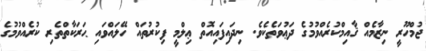
ޖުމްހޫރީ ނިޒާމެއް ޤާއިމްކުރެއްވުމުގެ ދަޢުވަތެކެވެ. ނިދައިފައިއޮތް ޢިލްމީ ފިކުރުތައް ހޭލައްވައި ޙަރަކާތްތެރި ކުރެއްވުމުގެ